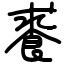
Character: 𩛰